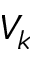
V _ { k }